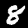
Digit: 8